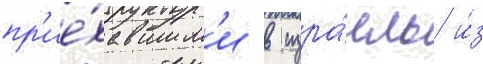
пр'ие́хавшим'и в изра́иль и́з